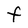
Character: F